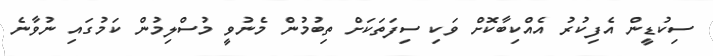
ސިކުޑީން އެފިކުރު އެއްކިބާކޮށް ވަކި ސިފަތަކަށް ތިބުމުން މެނުވީ މުސްލިމުން ކަމުގައި ނުވާނެ